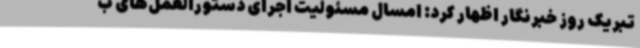
تبریک روز خبرنگار اظهار کرد: امسال مسئولیت اجرای دستورالعمل‌های ب